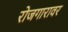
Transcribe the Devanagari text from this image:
रोजगारावर